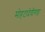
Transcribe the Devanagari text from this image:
मोहटादेवीगड